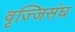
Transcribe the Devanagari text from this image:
वृज्जिसंघ